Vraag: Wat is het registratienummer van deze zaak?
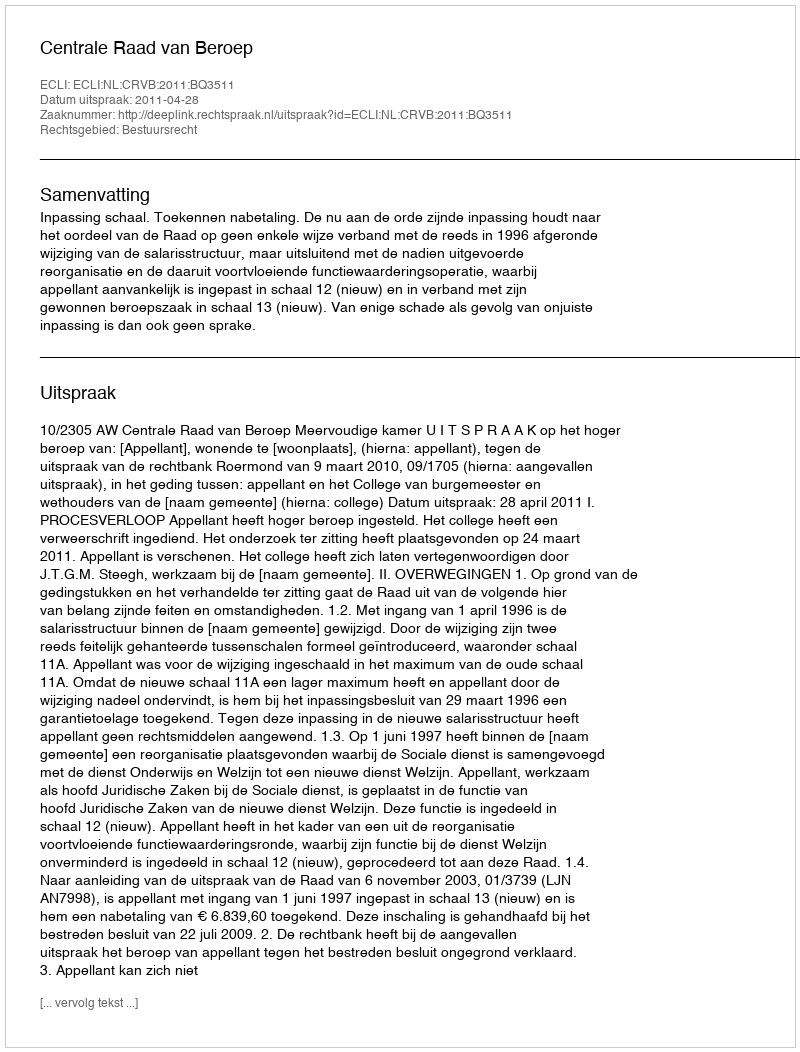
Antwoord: http://deeplink.rechtspraak.nl/uitspraak?id=ECLI:NL:CRVB:2011:BQ3511